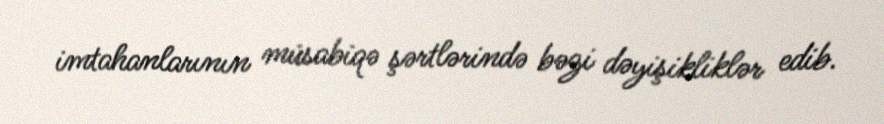
imtahanlarının müsabiqə şərtlərində bəzi dəyişikliklər edib.